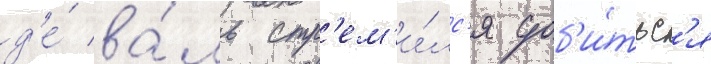
д'е́ ва́ль стр'ем'и́лс'я доб'и́тьс'я